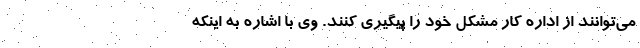
می‌توانند از اداره کار مشکل خود را پیگیری کنند. وی با اشاره به اینکه